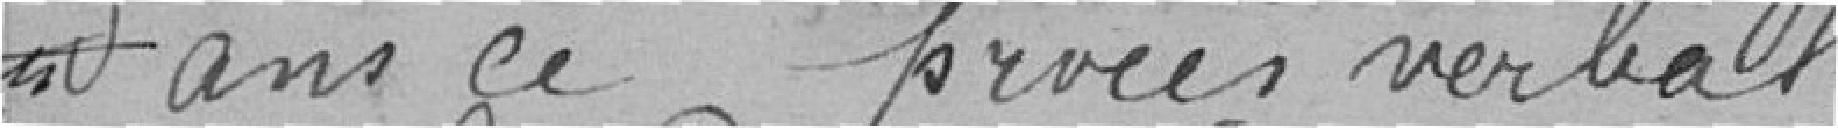
dans ce procès-verbal